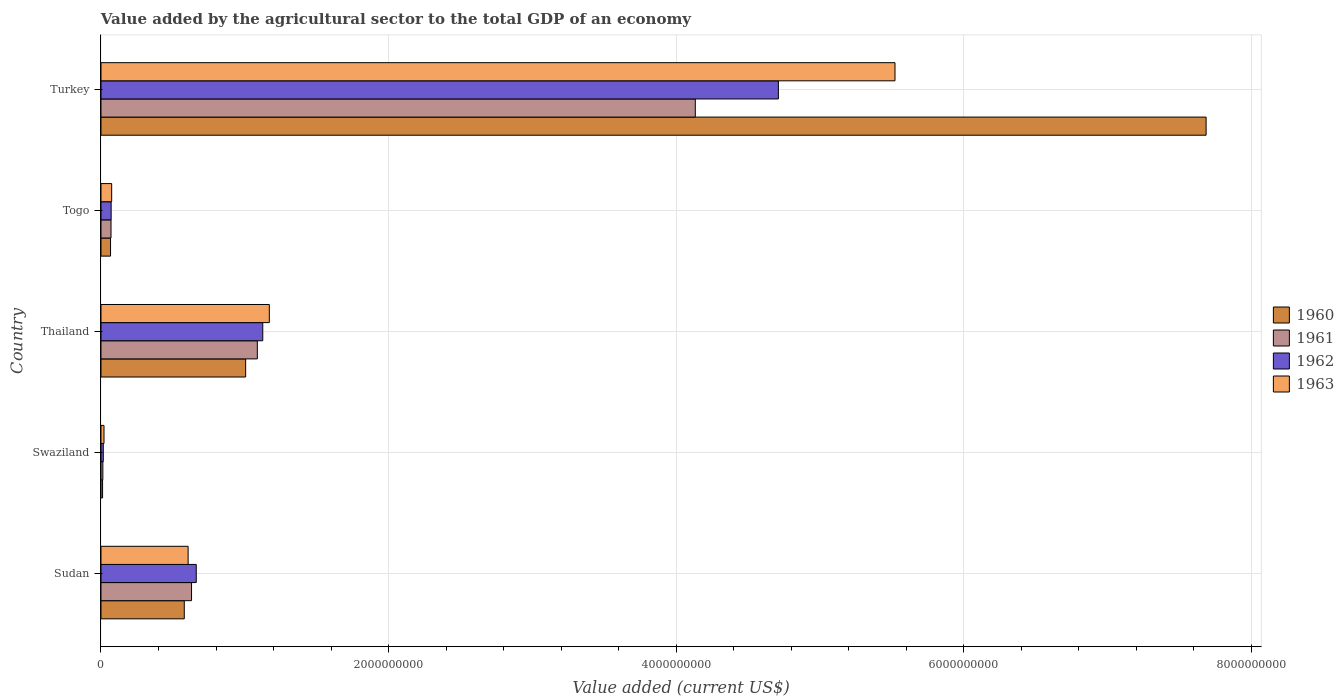
| Country | 1960 | 1961 | 1962 | 1963 |
 | --- | --- | --- | --- | --- |
 | Sudan | 5.79e+08 | 6.3e+08 | 6.63e+08 | 6.06e+08 |
 | Swaziland | 1.11e+07 | 1.3e+07 | 1.6e+07 | 2.1e+07 |
 | Thailand | 1.01e+09 | 1.09e+09 | 1.13e+09 | 1.17e+09 |
 | Togo | 6.65e+07 | 6.97e+07 | 7.06e+07 | 7.43e+07 |
 | Turkey | 7.69e+09 | 4.13e+09 | 4.71e+09 | 5.52e+09 |